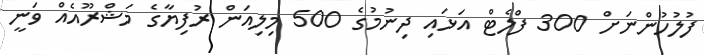
ފުލުހުންނަށް 300 ފްލެޓް އަޅައި ދިނުމުގެ 500 މިލިއަން ރުފިޔާގެ މަޝްރޫއެއް ވަނީ